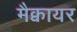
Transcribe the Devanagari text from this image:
मैक्वायर